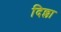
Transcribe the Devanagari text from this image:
दिल्ला